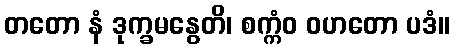
တတော နံ ဒုက္ခမနွေတိ၊ စက္ကံဝ ဝဟတော ပဒံ။